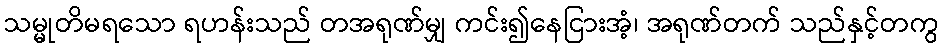
သမ္မုတိမရသော ရဟန်းသည် တအရုဏ်မျှ ကင်း၍နေငြားအံ့၊ အရုဏ်တက် သည်နှင့်တကွ